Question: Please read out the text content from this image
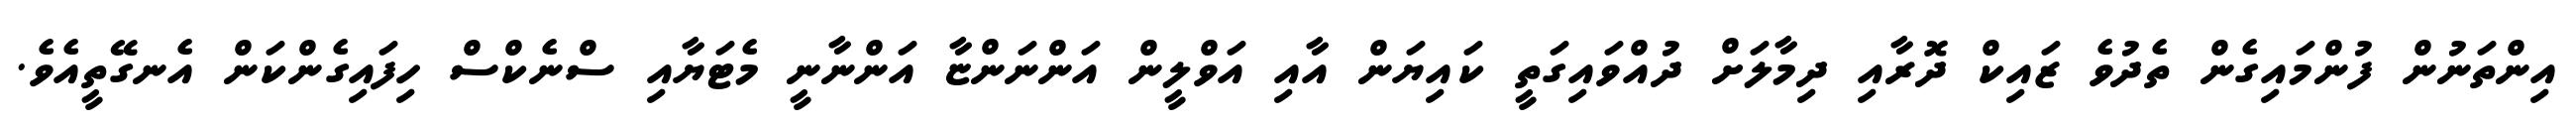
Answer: އިންތަނުން ފުންމައިގެން ތެދުވެ ޒައިކް ދޮރާއި ދިމާލަށް ދުއްވައިގަތީ ކައިޔަން އާއި އަވްލީން އަންނަންޏާ އަންނާނީ މެޓަޔާއި ސްނެކްސް ހިފައިގެންކަން އެނގޭތީއެވެ.